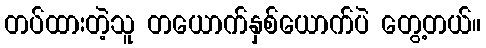
တပ်ထားတဲ့သူ တယောက်နှစ်ယောက်ပဲ တွေ့တယ်။